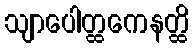
သျာပေါတ္ထကေနတ္ထိ